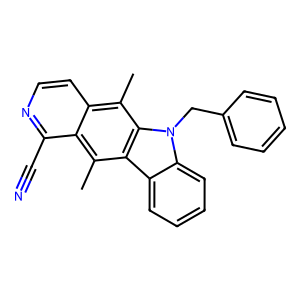
SMILES: Cc1c2c(C#N)nccc2c(C)c2c1c1ccccc1n2Cc1ccccc1
Inhibits HIV replication: No